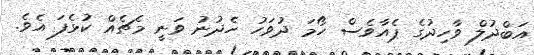
އަބްދުލް ވާހިދުގެ ޕެއާވެސް ހޯމަ ދުވަހު ހެދުނު ވަނީ މެޗެއް ކުޅެފަ އެވެ.